Annual report of the Punjab Veterinary College and of the Civil Veterinary Department, Punjab - 1926-1932
Year: 1926
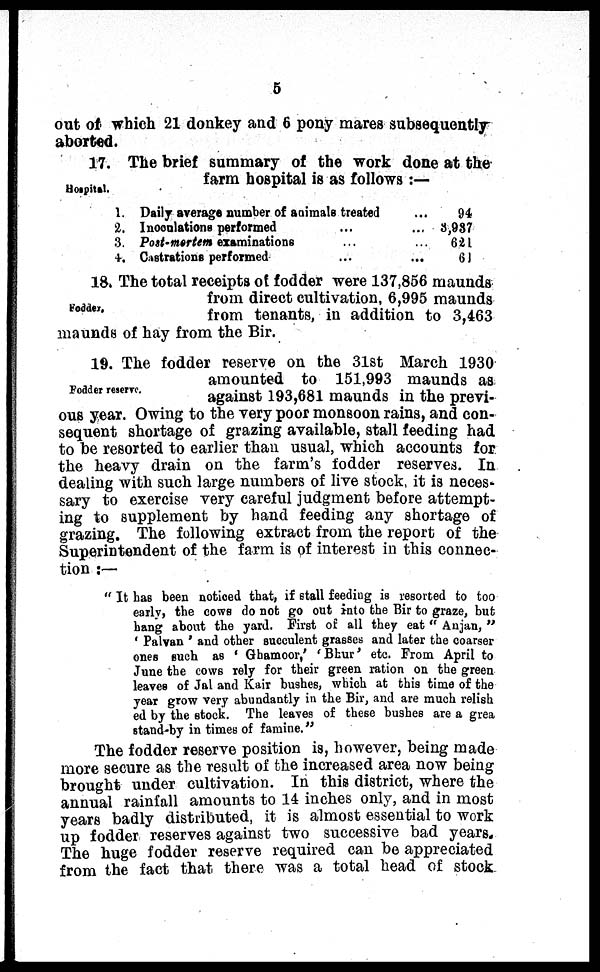
5
out of which 21 donkey and 6 pony mares subsequently
aborted.
Hospital.
17. The brief summary of the work done at the
farm hospital is as follows:—
1.
2.
3.
4.
Daily average number of animals treated
...
Inoculations performed
... ...
Post-mortem examinations ... ...
Castrations performed
...
94
3,987
621
61
Fodder.
18. The total receipts of fodder were 137,856 maunds
from direct cultivation, 6,995 maunds
from tenants, in addition to 3,463
maunds of hay from the Bir.
Fodder reserve.
19. The fodder reserve on the 31st March 1930
amounted to 151,993 maunds as
against 193,681 maunds in the previ-
ous year. Owing to the very poor monsoon rains, and con-
sequent shortage of grazing available, stall feeding had
to be resorted to earlier than usual, which accounts for
the heavy drain on the farm's fodder reserves. In
dealing with such large numbers of live stock, it is neces-
sary to exercise very careful judgment before attempt-
ing to supplement by hand feeding any shortage of
grazing. The following extract from the report of the
Superintendent of the farm is of interest in this connec-
tion:—
"It has been noticed that, if stall feeding is resorted to too
early, the cows do not go out into the Bir to graze, but
bang about the yard. First of all they eat "Anjan,"
'Palvan' and other succulent grasses and later the coarser
ones such as 'Ghamoor,' 'Bhur' etc. From April to
June the cows rely for their green ration on the green
leaves of Jal and Kair bushes, which at this time of the
year grow very abundantly in the Bir, and are much relish
ed by the stock. The leaves of these bushes are a grea
stand-by in times of famine."
The fodder reserve position is, however, being made
more secure as the result of the increased area now being
brought under cultivation. In this district, where the
annual rainfall amounts to 14 inches only, and in most
years badly distributed, it is almost essential to work
up fodder reserves against two successive bad years.
The huge fodder reserve required can be appreciated
from the fact that there was a total head of stock